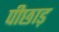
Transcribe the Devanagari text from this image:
पीछाड़